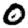
Digit: 0